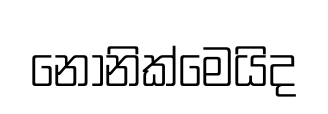
නොනික්මෙයිද